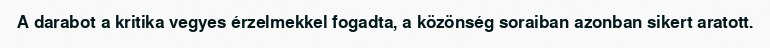
A darabot a kritika vegyes érzelmekkel fogadta, a közönség soraiban azonban sikert aratott.